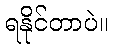
ရနိုင်တာပဲ။